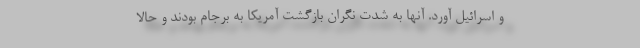
و اسرائیل آورد. آنها به شدت نگران بازگشت آمریکا به برجام بودند و حالا